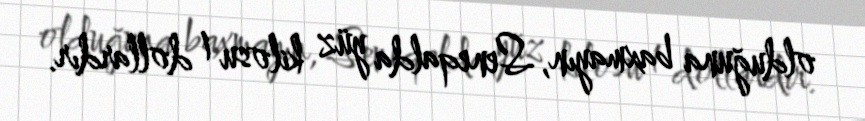
olduğuna baxmayın, Seneqalda yüz kilosu 1 dollardır.